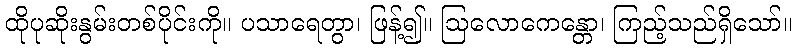
ထိုပုဆိုးနွမ်းတစ်ပိုင်းကို။ ပသာရေတွာ၊ ဖြန့်၍။ ဩလောကေန္တော၊ ကြည့်သည်ရှိသော်။